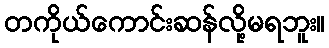
တကိုယ်ကောင်းဆန်လို့မရဘူး။